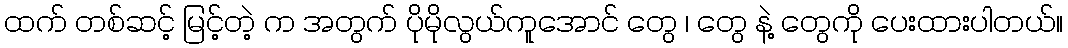
ထက် တစ်ဆင့် မြင့်တဲ့ က အတွက် ပိုမိုလွယ်ကူအောင် တွေ ၊ တွေ နဲ့ တွေကို ပေးထားပါတယ်။